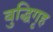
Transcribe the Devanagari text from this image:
बुद्धिगृह